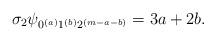
LaTeX: \begin{align*}\sigma_2 \psi_{0^{(a)}1^{(b)}2^{(m-a-b)}} = 3a+2b .\end{align*}